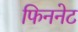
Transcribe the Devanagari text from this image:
फिननेट